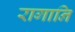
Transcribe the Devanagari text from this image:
रागानि